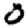
Digit: 0